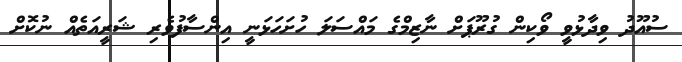
ސުއޫދު ވިދާޅުވީ ވޯކިން ގުރޫޕަށް ނާޒިމްގެ މައްސަލަ ހުށަހަޅަނީ އިންސާފުވެރި ޝަރީއަތެއް ނުކޮށް